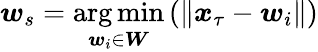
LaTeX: \boldsymbol{w}_{s}=\underset{\boldsymbol{w}_{i}\in\boldsymbol{W}}{\arg\operatorname*{min}}\left(\lVert\boldsymbol{x}_{\tau}-\boldsymbol{w}_{i}\rVert\right)